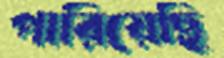
পারিয়েছি